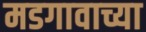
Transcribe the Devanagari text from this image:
मडगावाच्या